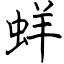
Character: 蛘